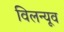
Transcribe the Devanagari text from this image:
विलन्यूव